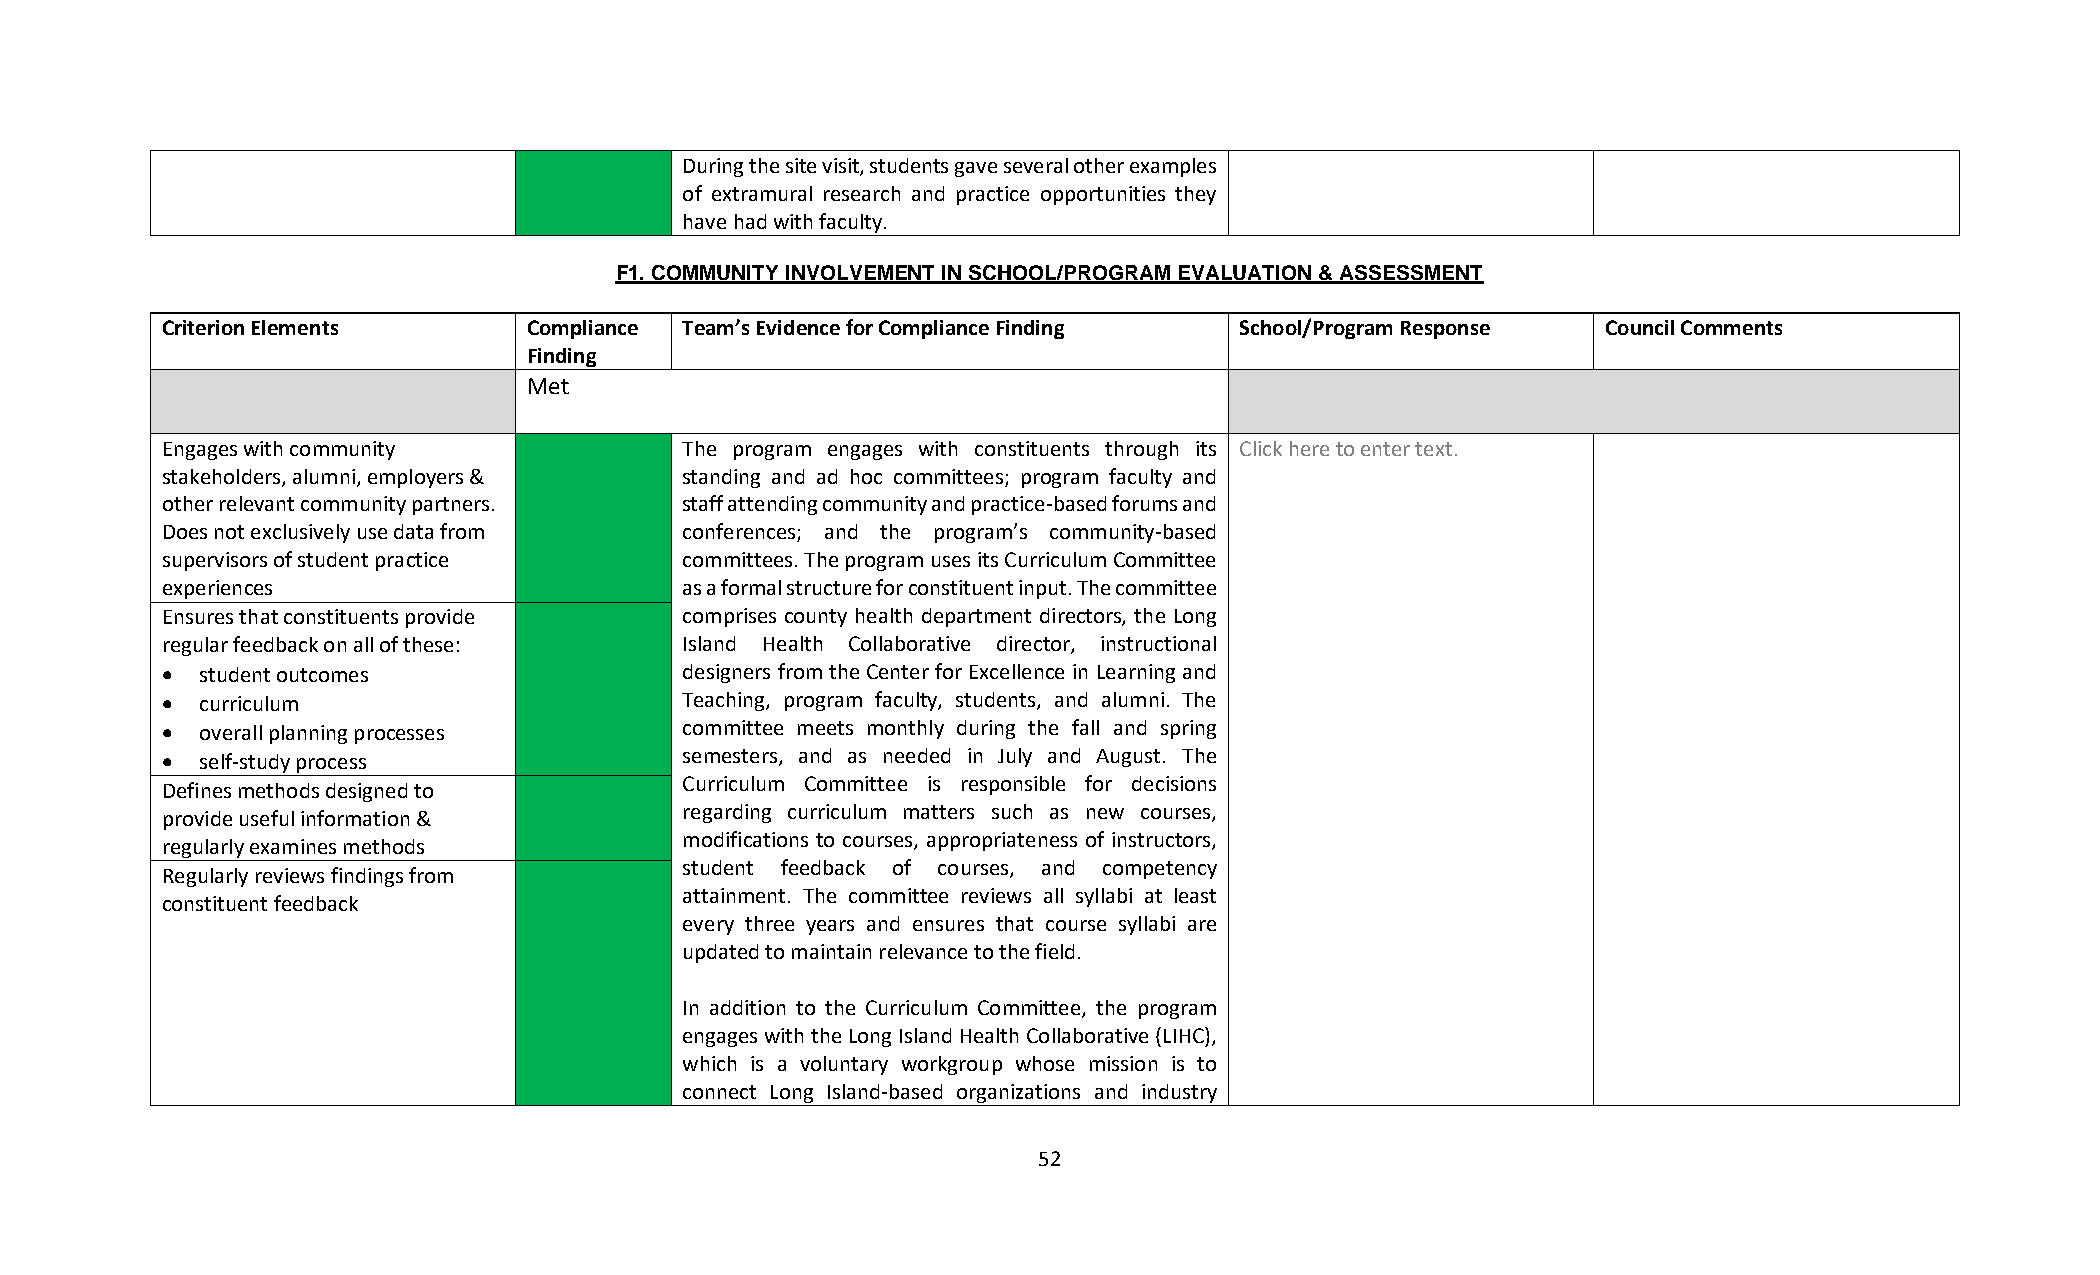
During the site visit, students gave several other examples
 of extramural research and practice opportunities they
 have had with faculty.
 F1. COMMUNITY INVOLVEMENT IN SCHOOL/PROGRAM EVALUATION & ASSESSMENT
 Criterion Elements      Compliance Team’s Evidence for Compliance Finding School/Program Response Council Comments
 Finding
 Met
 Engages with community            The program engages with constituents through its Click here to enter text.
 stakeholders, alumni, employers & standing and ad hoc committees; program faculty and
 other relevant community partners. staff attending community and practice-based forums and
 Does not exclusively use data from conferences; and the program’s community-based
 supervisors of student practice   committees. The program uses its Curriculum Committee
 experiences                       as a formal structure for constituent input. The committee
 Ensures that constituents provide comprises county health department directors, the Long
 regular feedback on all of these: Island Health Collaborative director, instructional
 • student outcomes                designers from the Center for Excellence in Learning and
 • curriculum                      Teaching, program faculty, students, and alumni. The
 • overall planning processes      committee meets monthly during the fall and spring
 • self-study process              semesters, and as needed in July and August. The
 Curriculum Committee is responsible for decisions
 Defines methods designed to
 regarding curriculum matters such as new courses,
 provide useful information &
 modifications to courses, appropriateness of instructors,
 regularly examines methods
 student feedback of courses, and competency
 Regularly reviews findings from
 attainment. The committee reviews all syllabi at least
 constituent feedback
 every three years and ensures that course syllabi are
 updated to maintain relevance to the field.
 In addition to the Curriculum Committee, the program
 engages with the Long Island Health Collaborative (LIHC),
 which is a voluntary workgroup whose mission is to
 connect Long Island-based organizations and industry
 52